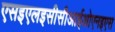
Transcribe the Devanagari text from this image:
एसइएलइसीसीआईओएनइएस